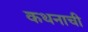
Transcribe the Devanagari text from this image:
कथनाची